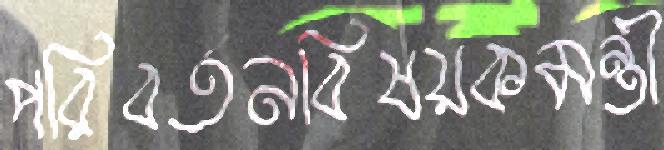
পরিবর্তনবিষয়কমন্ত্রী